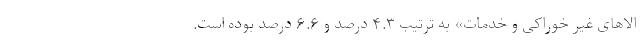
الاهای غیر خوراکی و خدمات» به ترتیب ۴.۳ درصد و ۶.۶ درصد بوده است.